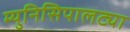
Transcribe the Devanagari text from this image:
म्युनिसिपालट्या